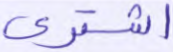
اشترى